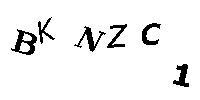
BKNZC1